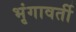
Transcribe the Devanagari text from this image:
भृंगावर्ती